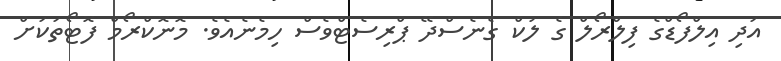
އަދި އިލްފޯޑްގެ ފިލްރޯލް ގެ ލުކް ގެނެސްދޭ ޕްރިސެޓްވެސް ހިމެނެއެވެ. މޮނޮކްރޯމް ފޮޓޯތަކަށް